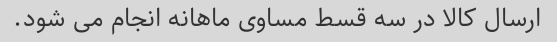
ارسال کالا در سه قسط مساوی ماهانه انجام می شود.